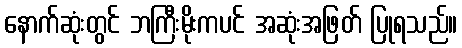
နောက်ဆုံးတွင် ဘကြီးမိုးကပင် အဆုံးအဖြတ် ပြုရသည်။